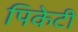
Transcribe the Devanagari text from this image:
पिकेटी